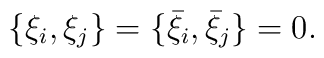
\{\xi_i,\xi_j\}=\{{\bar \xi}_i,{\bar \xi}_j\}=0.